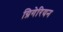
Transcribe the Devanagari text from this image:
ग्रिगेरियन